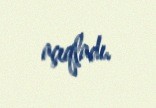
açıqladı.